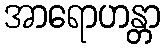
အာရောဟန္တာ